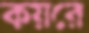
কয়রে